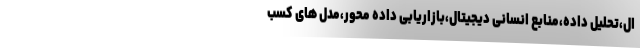
ال،تحلیل داده،منابع انسانی دیجیتال،بازاریابی داده محور،مدل های کسب